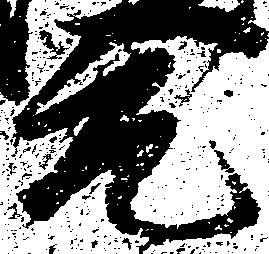
元